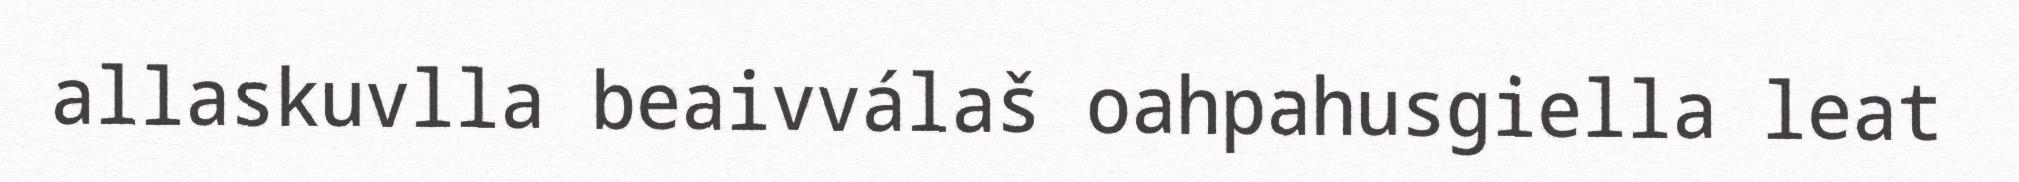
allaskuvlla beaivválaš oahpahusgiella leat